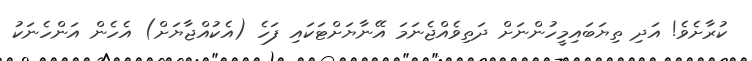
ކުރާށެވެ! އަދި ތިޔަބައިމީހުންނަށް ދަތިވެއްޖެނަމަ އޭނާޔަށްޓަކައި ފަހެ (އެކުއްޖާޔަށް) އެހެން އަންހެނަކު